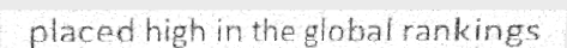
placed high in the global rankings